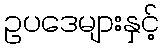
ဥပဒေများနှင့်